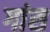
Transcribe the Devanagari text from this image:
गांस